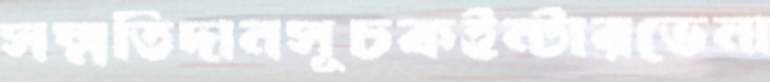
সম্মতিদানসূচকইন্টারভেনা